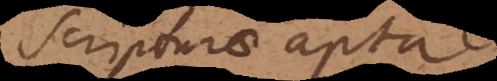
scripturae apta